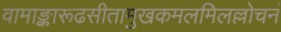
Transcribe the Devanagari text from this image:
वामाङ्कारूढसीतामुखकमलमिलल्लोचनं